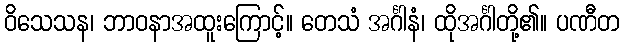
ဝိသေသန၊ ဘာဝနာအထူးကြောင့်။ တေသံ အင်္ဂါနံ၊ ထိုအင်္ဂါတို့၏။ ပဏီတ